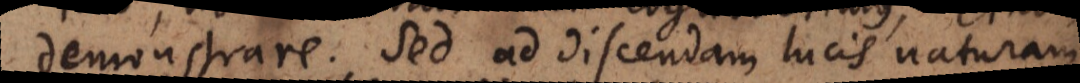
demonstrare. Sed ad discendam lucis naturam